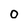
Character: 0